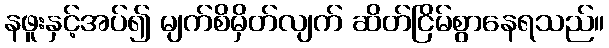
နဖူးနှင့်အပ်၍ မျက်စိမှိတ်လျက် ဆိတ်ငြိမ်စွာနေရသည်။